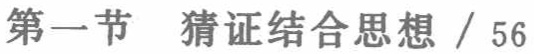
第一节 猜证结合思想 / 56